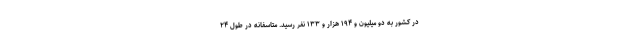
در کشور به دو میلیون و ۱۹۴ هزار و ۱۳۳ نفر رسید. متاسفانه در طول ۲۴